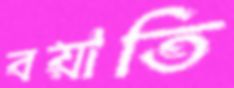
বয়াতি